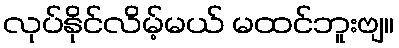
လုပ်နိုင်လိမ့်မယ် မထင်ဘူးဗျ။